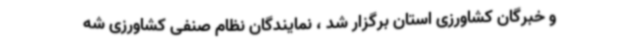
و خبرگان کشاورزی استان برگزار شد ، نمایندگان نظام صنفی کشاورزی شه